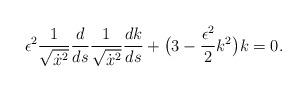
LaTeX: \begin{align*}\epsilon^2\frac{1}{\sqrt{\dot{x}^2}}\frac{d}{ds}\frac{1}{\sqrt{\dot{x}^2}}\frac{dk}{ds}+ \bigl( 3 - \frac{\epsilon^2}{2}k^2\bigr)k = 0. \\\end{align*}